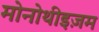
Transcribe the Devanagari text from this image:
मोनोथीइज़म